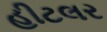
હીટલર